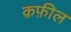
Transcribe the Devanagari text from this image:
क़फ़ील